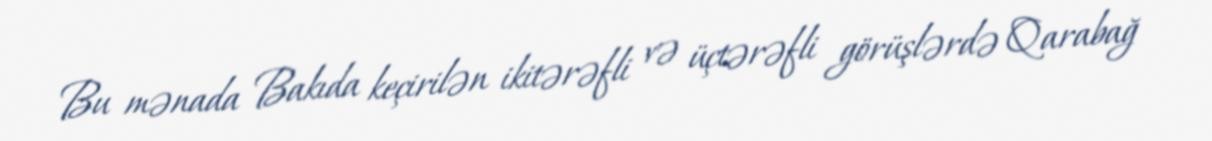
Bu mənada Bakıda keçirilən ikitərəfli və üçtərəfli görüşlərdə Qarabağ